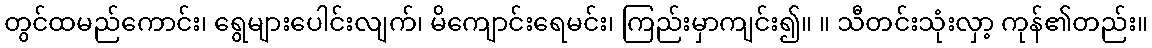
တွင်ထမည်ကောင်း၊ ရွေများပေါင်းလျက်၊ မိကျောင်းရေမင်း၊ ကြည်းမှာကျင်း၍။ ။ သီတင်းသုံးလှာ့ ကုန်၏တည်း။